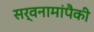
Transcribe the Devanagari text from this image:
सर्वनामांपैकी